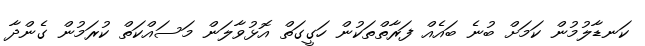
ކަނޑާލުމުން ކަމަށް ބުނެ ބައެއް ފަރާތްތަކުން ހަގީގަތް އޮޅުވާލަން މަސައްކަތް ކުރަމުން ގެންދާ